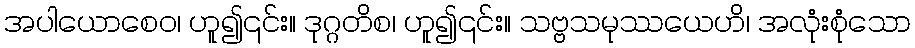
အပါယောစေဝ၊ ဟူ၍၎င်း။ ဒုဂ္ဂတိစ၊ ဟူ၍၎င်း။ သဗ္ဗသမုဿယေဟိ၊ အလုံးစုံသော